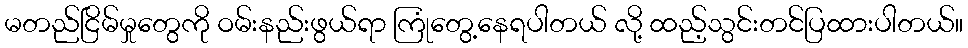
မတည်ငြိမ်မှုတွေကို ဝမ်းနည်းဖွယ်ရာ ကြုံတွေ့နေရပါတယ် လို့ ထည့်သွင်းတင်ပြထားပါတယ်။